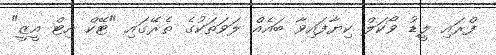
ފްރައި ލީޑު ވޯކަލް ކިޔާފައިވާ ބައެއް ލަވަތަކުގެ ތެރޭގައި "ޓޭކް އިޓް އީޒީ"